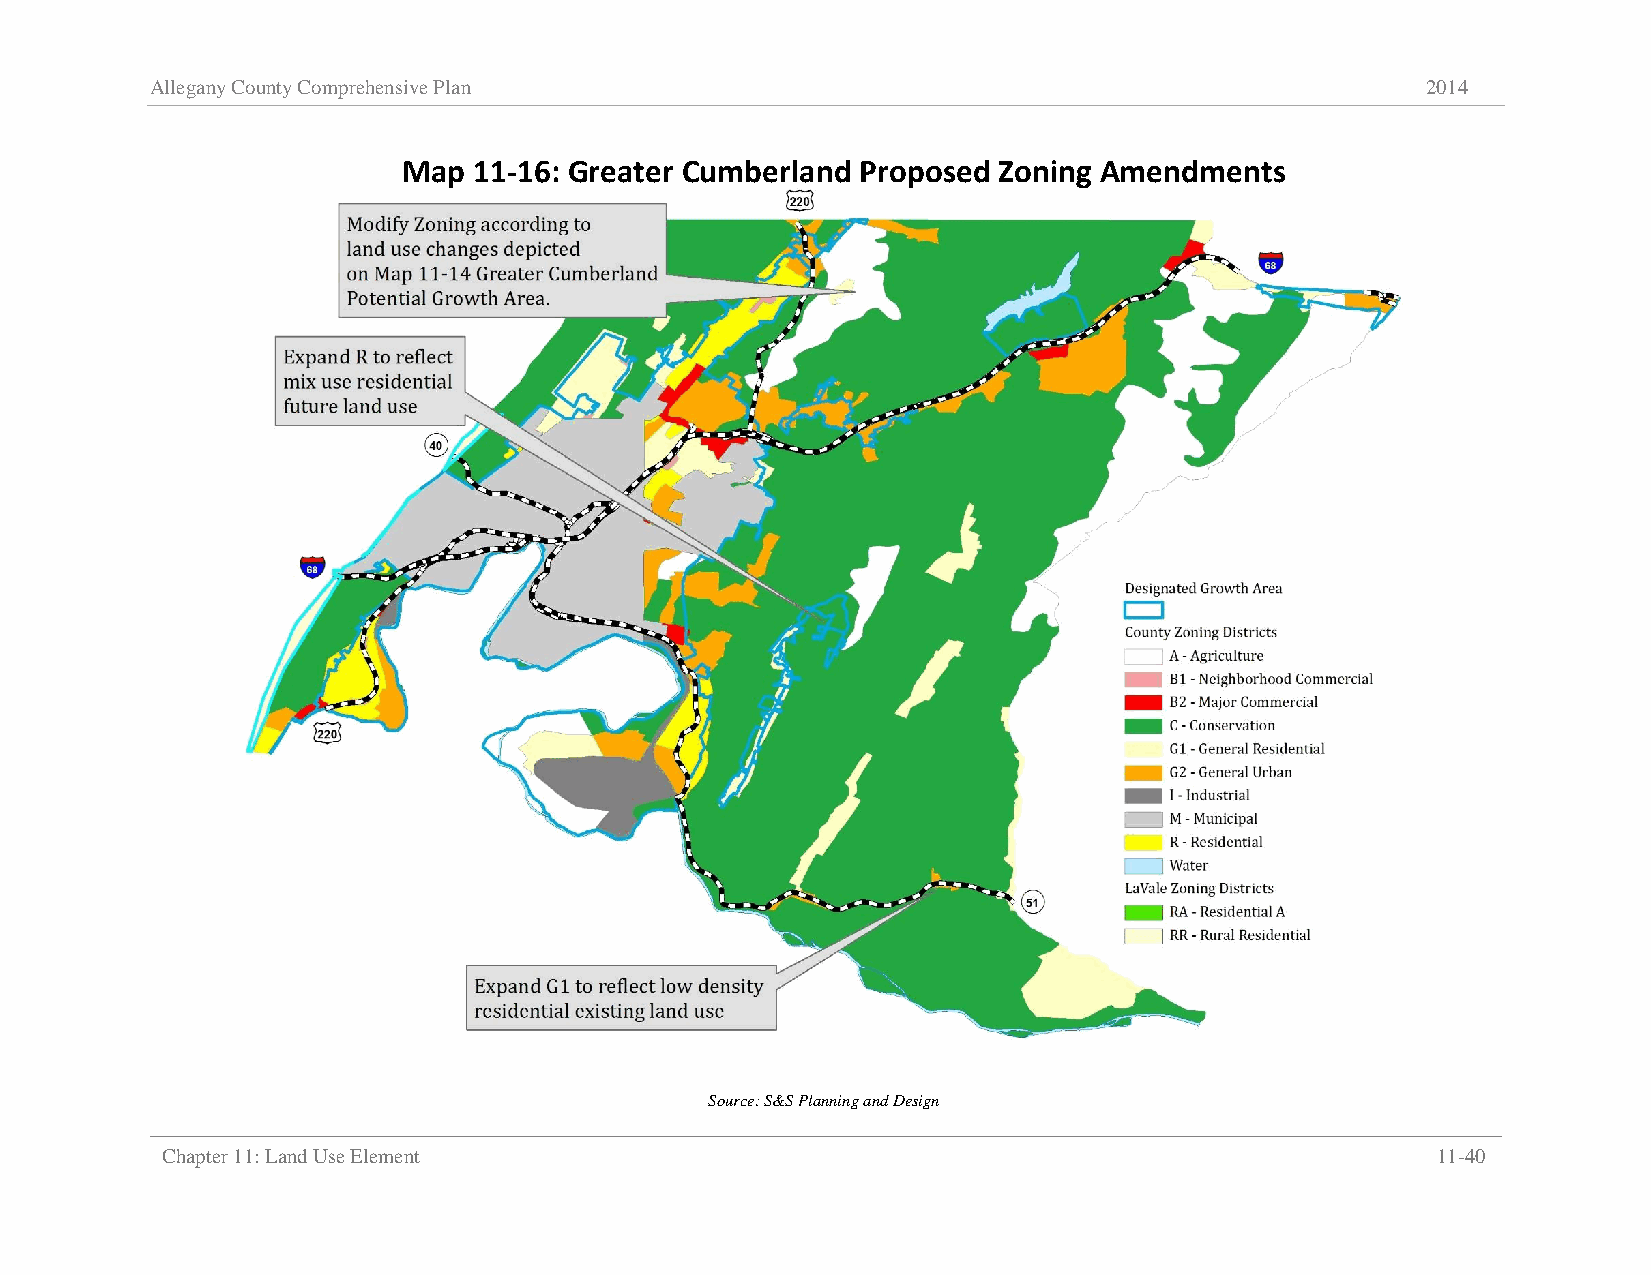
Allegany County Comprehensive Plan                                                  2014
 Map 11-16: Greater Cumberland Proposed Zoning Amendments
 Source: S&S Planning and Design
 Chapter 11: Land Use Element                                                        11-40